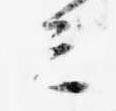
ミ